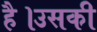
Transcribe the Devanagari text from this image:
है।उसकी